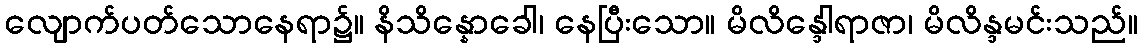
လျောက်ပတ်သောနေရာ၌။ နိသိန္နောခေါ၊ နေပြီးသော။ မိလိန္ဒေါရာဇာ၊ မိလိန္ဒမင်းသည်။